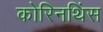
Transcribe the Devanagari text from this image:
कोरिनथिंस